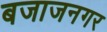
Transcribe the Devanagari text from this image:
बजाजनगर